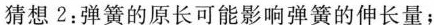
猜想2：弹簧的原长可能影响弹簧的伸长量；